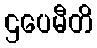
ဌပေမီတိ